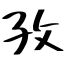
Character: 孜